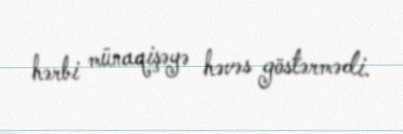
hərbi münaqişəyə həvəs göstərmədi.